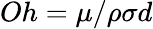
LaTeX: Oh=\mu/\rho\sigma d